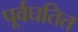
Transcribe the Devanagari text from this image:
पूर्वघतित